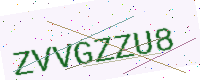
Text: ZVVGZZU8